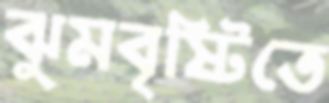
ঝুমবৃষ্টিতে